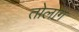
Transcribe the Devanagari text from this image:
तोलोंग